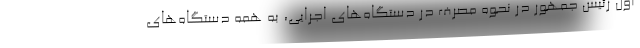
اول رئیس جمهور در نحوه مصرف در دستگاه‌های اجرایی، به همه دستگاه‌های